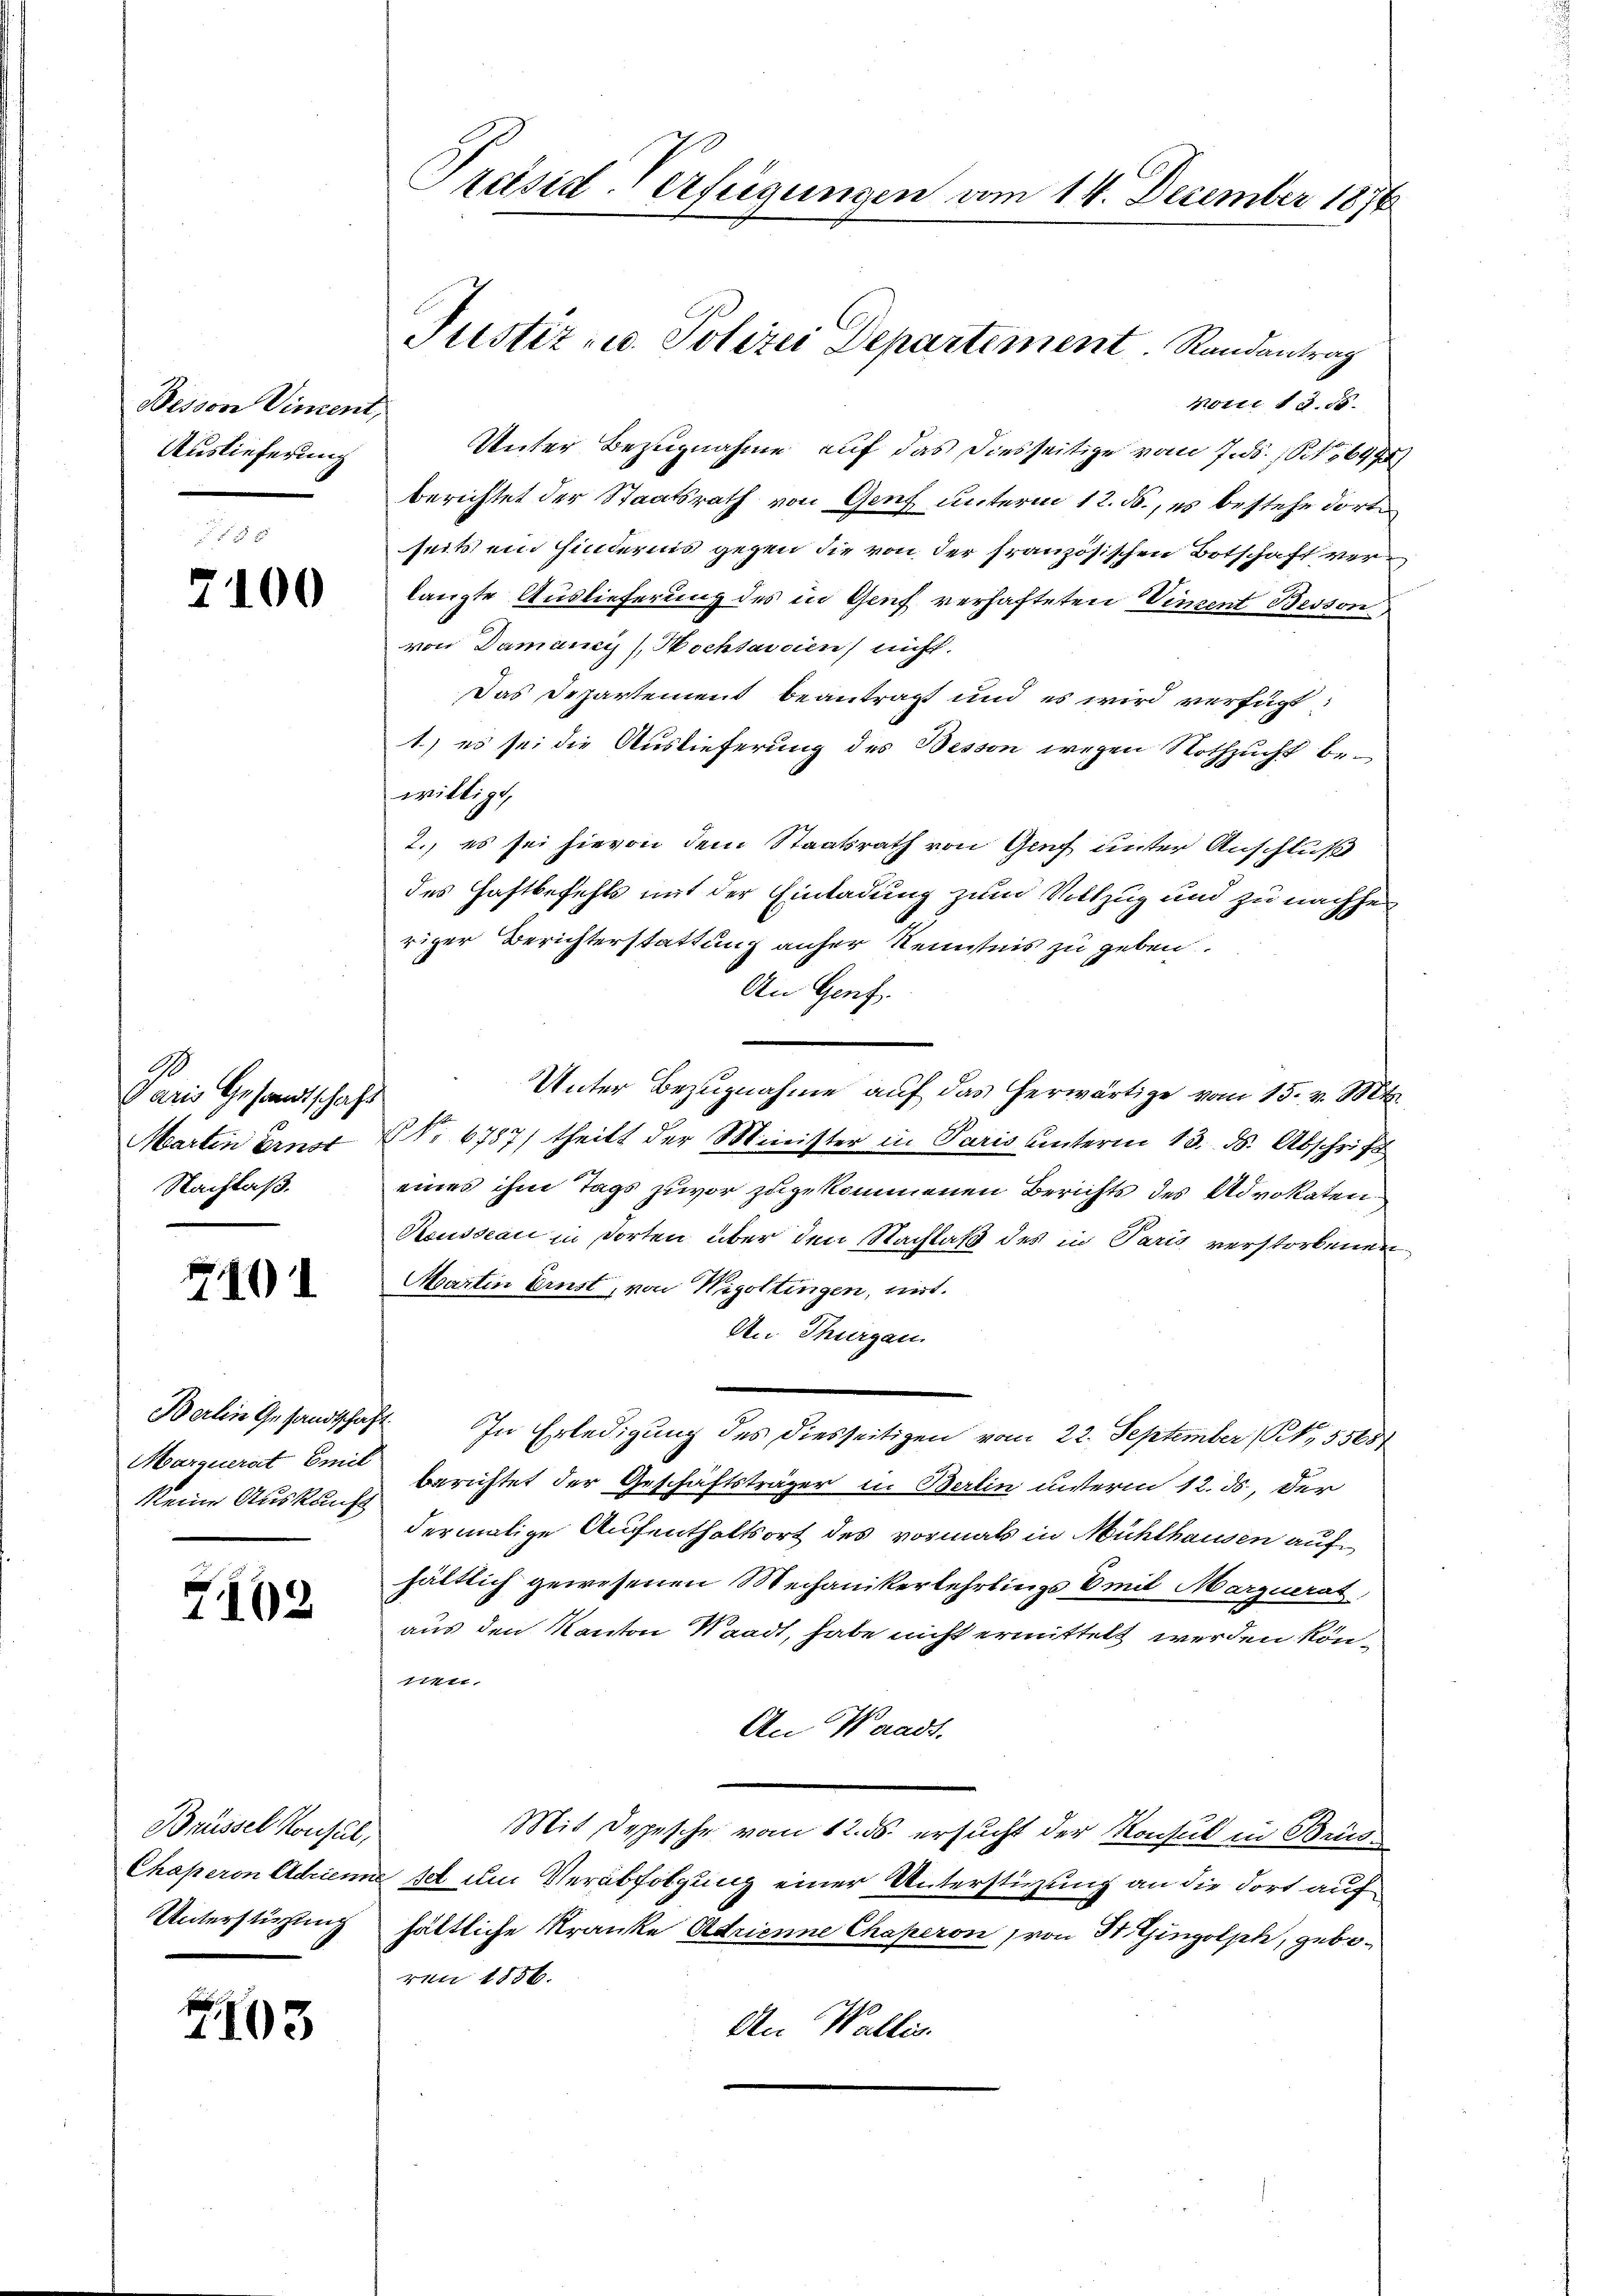
Bessene Vincent,
Auslieferung

7100

2
Paris Gesandtschaft
Marten Ernor
Nachlaß.

2101

Berlin Gesandtschaf
Marquerat Emil
keine Auskunft

Z102

Brüssel Konsul,
Chaperon Adriem
Unterstichung

2103

Präsid-Verfügungen vom 14. Dezember 1876

Justiz- u. Polizei Departement. Randantrag

monii 15. d.
Unter Bezugnahme auf das diesseitige vom 7. ds. 1647
berichtet der Staatsrath von Genf unterm 12. ds., es bestehe dort
seits ein Hindernis gegen die von der französischen Botschaft verlangte Auslieferung des in Genf verhafteten Vincent Besson
von Damancis Hochtasien nicht.
Das Departement beantragt und es wird verfügt:
1.) es sei die Auslieferung des Bessen wegen Nothzucht bewilligt,
2., es sei hievon dem Staatsrath von Genf unter Anschluß
des Haftbefehls mit der Einladung zum Vollzug und zu nachhei
s
riger Berichterstattung anher Kenntnis zu geben.
An Genf.
Unter Bezugnahme auf das herwärtige vom 15. v. Mts.
NNo. 6787) theilt der Minister in Paris unterm 13. ds. Abschrift
eines ihm Tags zuvor zugekommenen Berichts des Advokaten
Kousseau in dorten über den Nachlaß des in Paris verstorbenen
Martin Ernst, von Wigoltingen, mit.
An Thurgau.
4. In Erledigung des diesseitigen vom 22. September (1,55451
berichtet der Geschäftsträger in Berlin unterm 12. ds., der
dermalige Aufenthaltsort des vormals in Mühlhausen auf
hältlich gewesenen Mechanikerlehrlings Emil Marquerat,
aus den Kanton Waadt, habe nicht ermittelt werden köntien.
An Waadt.
Mit Depesche vom 12. ds. ersucht der Konsul in Bris
1 um Verabfolgung einer Unterstüzung an die dort auf
hältliche Kranke Adrienne Chaperon von St. Gingolph, geboren 1856.
An Wallis.